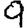
Digit: 9